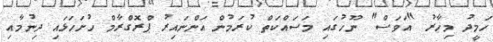
ހަމީދު މިހާރު "އަވަސް" ނޫހުގައި މަސައްކަތް ކުރަމުން އަންނައިރު ޕްރޮގްރާމް ހުށަހަޅައި ދިނުމާއި